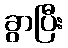
ခွာပြီး